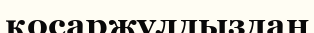
қосаржұлдыздан